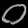
Digit: ၀